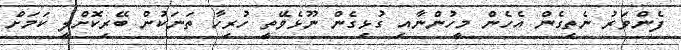
ފެންވަރު ނެތިގެން އެހެން މީހުންނާއި ގުޅިގެން ނޫޅެވޭތީ ހުރިހާ ތަނަކުން ބޭރިކޮށްލީ ކަމަށް